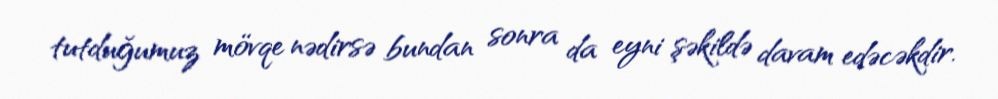
tutduğumuz mövqe nədirsə bundan sonra da eyni şəkildə davam edəcəkdir.